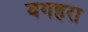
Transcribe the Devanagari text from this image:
वगहरा